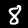
Label: 8